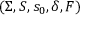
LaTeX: ( \Sigma , S , s _ { 0 } , \delta , F )